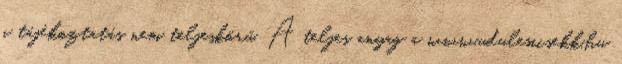
a tájékoztatás nem teljeskörű. A teljes anyag a www.udulesicsekk.hu